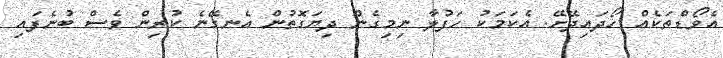
އެވޯޑްތަކެއް ހޯދައިދޭށޭ. އެކަމަކު ހަފުލާ ނިމިގެން ދިޔަގޮތުން އެނގޭނެ ކުރިން ވެސް ބުނެފައި